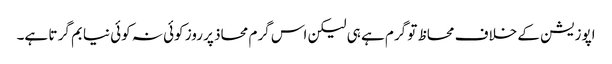
اپوزیشن کے خلاف محاظ تو گرم ہے ہی لیکن اس گرم محاذ پر روز کوئی نہ کوئی نیا بم گر تا ہے۔